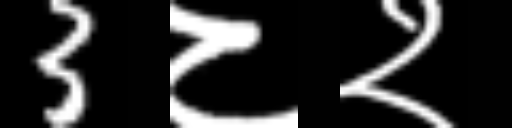
Text: 3८२